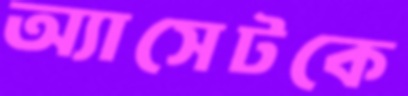
অ্যাসেটকে